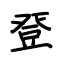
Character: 登